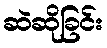
ဆဲဆိုခြင်း